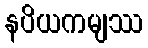
နပိယကမျဿ